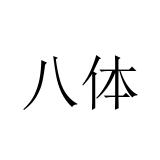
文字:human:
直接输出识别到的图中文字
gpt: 八体